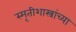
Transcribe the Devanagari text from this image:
स्मृतीशास्त्रांच्या